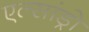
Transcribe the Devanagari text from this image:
एल्‍सांड्रो